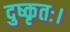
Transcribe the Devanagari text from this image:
दुष्कृतः।